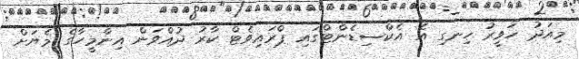
މިއަދު ހަވީރު ހިނގި އެ އެކްސިޑެންޓްގައި ޕްރައިިވެޓް ކާރު ދުއްވަން އިންމީހާގެ މެޔަށް